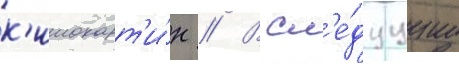
к'инокарт'и́н // В сл'е́дуущие